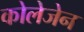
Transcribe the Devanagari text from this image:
कोलेजेन